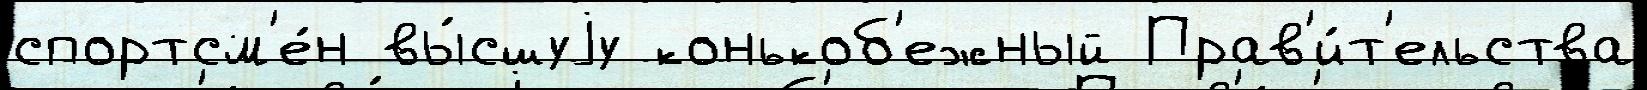
спортсм'е́н вы́сшуjу конькоб'ежный Прав'и́т'ельства